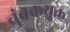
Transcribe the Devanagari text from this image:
चुंबकयुक्त